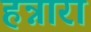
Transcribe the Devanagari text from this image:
हन्नारा